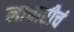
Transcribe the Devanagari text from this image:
लाचारीचं